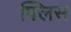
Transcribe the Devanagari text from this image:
फ्लिस